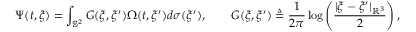
\Psi ( t , \xi ) = \int _ { \mathbb { S } ^ { 2 } } G ( \xi , \xi ^ { \prime } ) \Omega ( t , \xi ^ { \prime } ) d \sigma ( \xi ^ { \prime } ) , \qquad G ( \xi , \xi ^ { \prime } ) \triangleq \frac { 1 } { 2 \pi } \log \left( \frac { | \xi - \xi ^ { \prime } | _ { \mathbb { R } ^ { 3 } } } { 2 } \right) ,